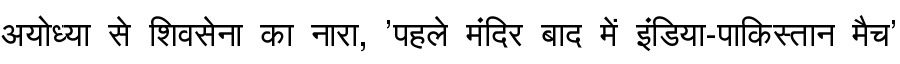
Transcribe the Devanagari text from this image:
अयोध्या से शिवसेना का नारा, 'पहले मंदिर बाद में इंडिया-पाकिस्तान मैच'